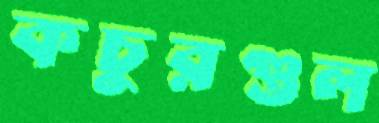
কচুরগুল